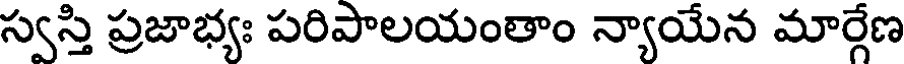
స్వస్తి ప్రజాభ్యః పరిపాలయంతాం న్యాయేన మార్గేణ